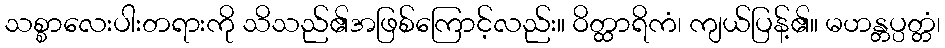
သစ္စာလေးပါးတရားကို သိသည်၏အဖြစ်ကြောင့်လည်း။ ဝိတ္ထာရိကံ၊ ကျယ်ပြန့်၏။ မဟန္တပ္ပတ္တံ၊